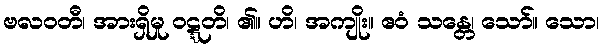
ဗလဝတီ၊ အားရှိမှု ဝဋ္ဋတိ၊ ၏။ ဟိ၊ အကျိုး။ ဧဝံ သန္တေ၊ သော်။ သော၊